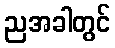
ညအခါတွင်